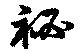
祕